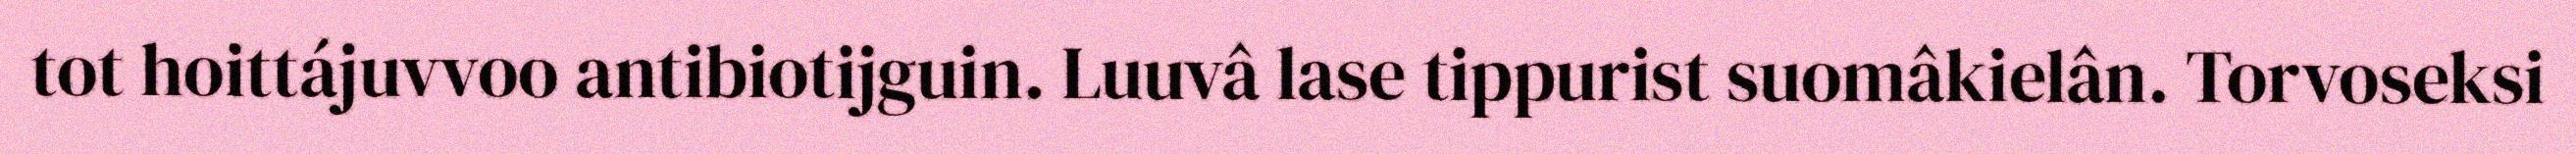
tot hoittájuvvoo antibiotijguin. Luuvâ lase tippurist suomâkielân. Torvoseksi